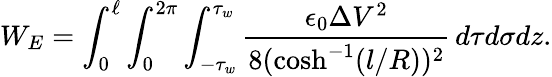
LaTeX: W_{E}=\int_{0}^{\ell}\int_{0}^{2\pi}\int_{-\tau_{w}}^{\tau_{w}}\frac{\epsilon_{0}\Delta V^{2}}{8(\cosh^{-1}(l/R))^{2}}\, d\tau d\sigma dz.